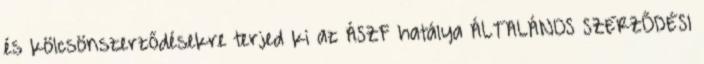
és kölcsönszerződésekre terjed ki az ÁSZF hatálya ÁLTALÁNOS SZERZŐDÉSI